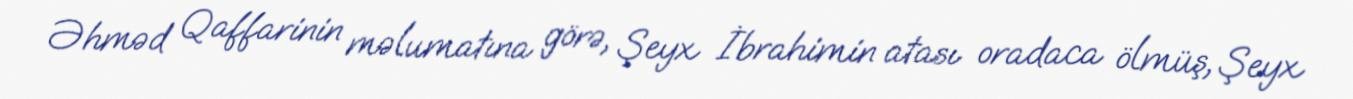
Əhməd Qaffarinin məlumatına görə, Şeyx İbrahimin atası oradaca ölmüş, Şeyx